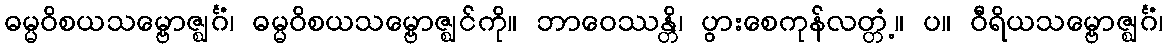
ဓမ္မဝိစယသမ္ဗောဇ္ဈင်္ဂံ၊ ဓမ္မဝိစယသမ္ဗောဇ္ဈင်ကို။ ဘာဝေဿန္တိ၊ ပွားစေကုန်လတ္တံ့။ ပ။ ဝီရိယသမ္ဗောဇ္ဈင်္ဂံ၊